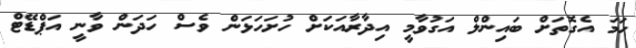
ހަމަ އެގޮތަށް ބައިންލް އަގުވާމީ އިދާރާއަކަށް ހުށަހަޅަން ވެސް ހަދަން ވާނީ އަޕްޑޭޓް